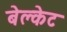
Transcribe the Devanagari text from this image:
बेल्केट